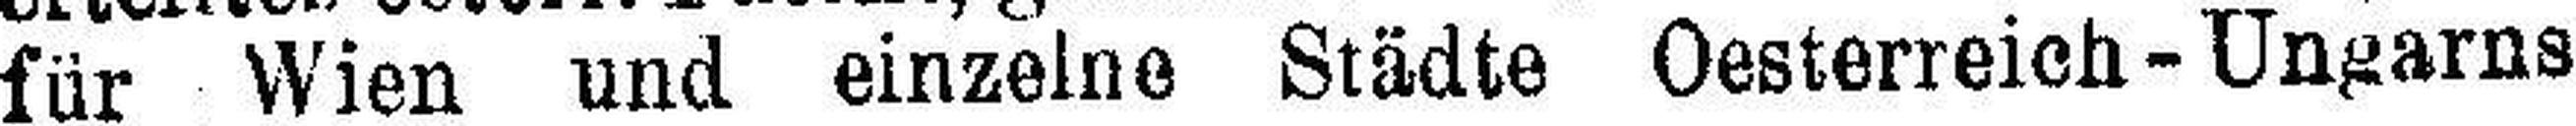
für Wien und einzelne Städte Oesterreich-Ungarns